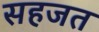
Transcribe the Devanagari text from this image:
सहजत